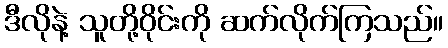
ဒီလိုနဲ့ သူတို့ဝိုင်းကို ဆက်လိုက်ကြသည်။